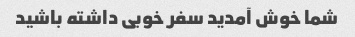
شما خوش آمدید سفر خوبی داشته باشید